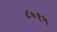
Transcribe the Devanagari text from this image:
८०१५